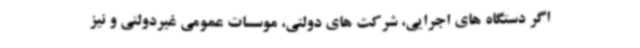
اگر دستگاه های اجرایی، شرکت های دولتی، موسسات عمومی غیردولتی و نیز